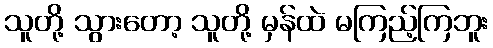
သူတို့ သွားတော့ သူတို့ မှန်ထဲ မကြည့်ကြဘူး